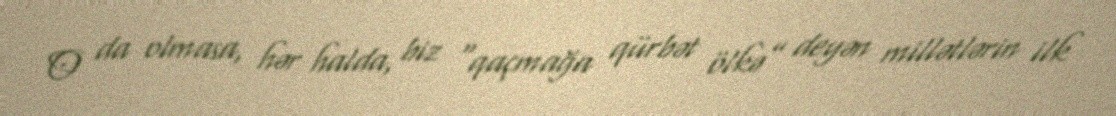
O da olmasa, hər halda, biz “qaçmağa qürbət ölkə” deyən millətlərin ilk